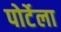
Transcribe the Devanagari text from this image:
पोर्टेला